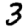
Digit: 3